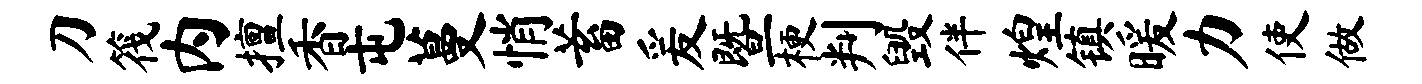
刀筏内擅香屯蔓悄蓄爰暨梗判毁伴煌镇暖力使做